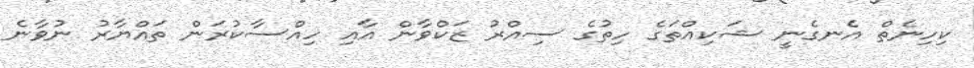
ކިހިނެތް އެނގެނީ ޝަކިއްތަގެ ހިތުގެ ސިއްރު ޒަކްވާން އާއި ހިއްސާކުރަން ތައްޔާރު ނުވާނެ